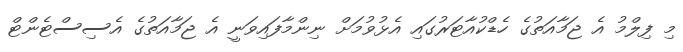
މި ފިލްމު އެ ޖަމާއަތުގެ ހެޑްކުއާޓަރުގައި އެޅުވުމަށް ނިންމާފައިވަނީ އެ ޖަމާއަތުގެ އެސިސްޓެންޓް